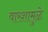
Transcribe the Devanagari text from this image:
वारशामुळे